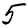
Digit: 5